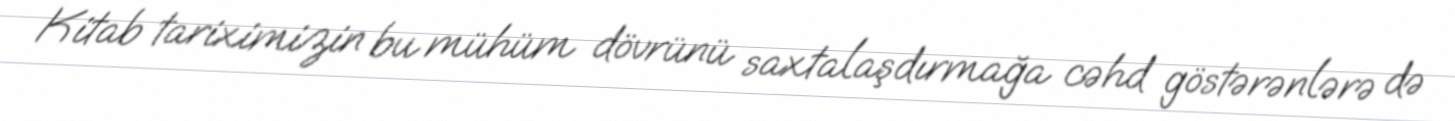
Kitab tariximizin bu mühüm dövrünü saxtalaşdırmağa cəhd göstərənlərə də